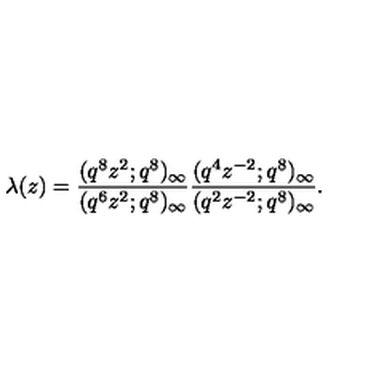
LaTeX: \lambda ( z ) = \frac { ( q ^ { 8 } z ^ { 2 } ; q ^ { 8 } ) _ { \infty } } { ( q ^ { 6 } z ^ { 2 } ; q ^ { 8 } ) _ { \infty } } \frac { ( q ^ { 4 } z ^ { - 2 } ; q ^ { 8 } ) _ { \infty } } { ( q ^ { 2 } z ^ { - 2 } ; q ^ { 8 } ) _ { \infty } } .